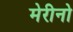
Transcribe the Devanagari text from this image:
मेरीनो